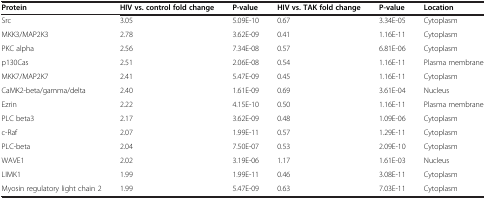
| Protein | HIV vs. control fold change | P-value | HIV vs. TAK fold change | P-value | Location |
 | --- | --- | --- | --- | --- | --- |
 | Src | 3.05 | 5.09E-10 | 0.67 | 3.34E-05 | Cytoplasm |
 | MKK3/MAP2K3 | 2.78 | 3.62E-09 | 0.41 | 1.16E-11 | Cytoplasm |
 | PKC alpha | 2.56 | 7.34E-08 | 0.57 | 6.81E-06 | Cytoplasm |
 | p130Cas | 2.51 | 2.06E-08 | 0.54 | 1.16E-11 | Plasma membrane |
 | MKK7/MAP2K7 | 2.41 | 5.47E-09 | 0.45 | 1.16E-11 | Cytoplasm |
 | CaMK2-beta/gamma/delta | 2.40 | 1.61E-09 | 0.69 | 3.61E-04 | Nucleus |
 | Ezrin | 2.22 | 4.15E-10 | 0.50 | 1.16E-11 | Plasma membrane |
 | PLC beta3 | 2.17 | 3.62E-09 | 0.48 | 1.09E-06 | Cytoplasm |
 | c-Raf | 2.07 | 1.99E-11 | 0.57 | 1.29E-11 | Cytoplasm |
 | PLC-beta | 2.04 | 7.50E-07 | 0.53 | 2.09E-10 | Cytoplasm |
 | WAVE1 | 2.02 | 3.19E-06 | 1.17 | 1.61E-03 | Nucleus |
 | LIMK1 | 1.99 | 1.99E-11 | 0.46 | 3.08E-11 | Cytoplasm |
 | Myosin regulatory light chain 2 | 1.99 | 5.47E-09 | 0.63 | 7.03E-11 | Cytoplasm |